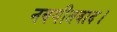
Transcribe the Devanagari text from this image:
नवगीतवाद।